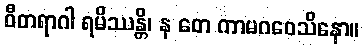
ဝီတရာဂါ ရမိဿန္တိ၊ န တေ ကာမဂဝေသိနော။